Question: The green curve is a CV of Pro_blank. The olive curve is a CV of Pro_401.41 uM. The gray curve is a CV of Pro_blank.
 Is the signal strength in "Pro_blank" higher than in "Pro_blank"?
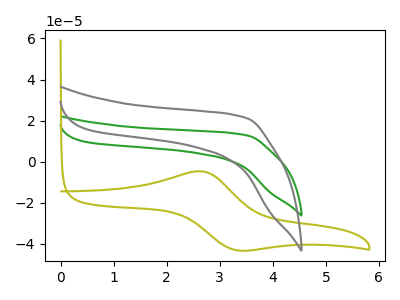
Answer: <think>The green curve "Pro_blank" has no peaks. The olive curve "Pro_401.41 uM" has an anodic peak at (2.65V, -4.70uA) and a cathodic peak at (3.35V, -43.15uA). The gray curve "Pro_blank" has no peaks.
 Neither "Pro_blank" or "Pro_blank" have any peaks.</think>
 <answer>I cant tell if "Pro_blank" or "Pro_blank" has more signal.</answer>
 <eval>mixed_signal</eval>